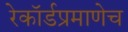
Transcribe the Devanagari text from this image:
रेकॉर्डप्रमाणेच